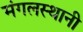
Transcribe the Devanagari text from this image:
मंगलस्थानी